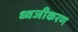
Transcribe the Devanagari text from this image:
ध्वजीकरण